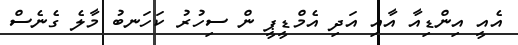
އެއީ އިންޑިއާ އާއި އަދި އެމްޑީޕީ ން ސިހުރު ކަހަނބު މާލެ ގެނެސް